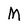
Character: M